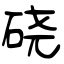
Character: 硗